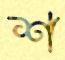
শ